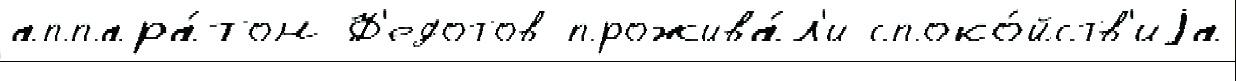
аппара́том Ф'едотов прожива́л'и споко́йств'иjа